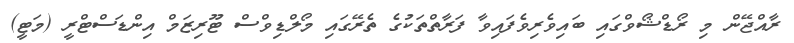
ރާއްޖޭން މި ރޯޑްޝޯވްގައި ބައިވެރިވެފައިވާ ފަރާތްތަކުގެ ތެރޭގައި މޯލްޑިވްސް ޓޫރިޒަމް އިންޑަސްޓްރީ (މަޓީ)